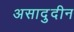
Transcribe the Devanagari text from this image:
असादुदीन